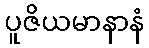
ပူဇိယမာနာနံ